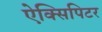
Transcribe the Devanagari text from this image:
ऐक्सिपिटर